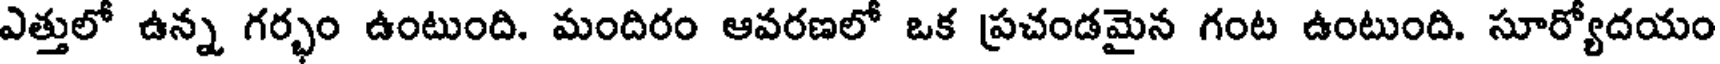
ఎత్తులో ఉన్న గర్భం ఉంటుంది. మందిరం ఆవరణలో ఒక ప్రచండమైన గంట ఉంటుంది. సూర్యోదయం